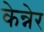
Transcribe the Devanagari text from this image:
केन्नेर